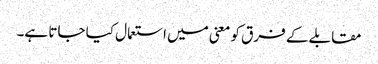
مقابلے کے فرق کو معنی میں استعمال کیا جاتا ہے۔